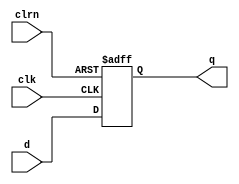
`timescale 1ns / 1ps
//////////////////////////////////////////////////////////////////////////////////
// Company: 
// Engineer: 
// 
// Design Name: 
// Module Name:    dff32 
// Project Name: 
// Target Devices: 
// Tool versions: 
// Description: 
//
// Dependencies: 
//
// Revision: 
// Revision 0.01 - File Created
// Additional Comments: 
//
//////////////////////////////////////////////////////////////////////////////////
module dff32(d,clk,clrn,q
    );
	 input [31:0] d;
	 input clk,clrn;
	 output [31:0] q;
    reg [31:0] q;
    always @ (negedge clrn or posedge clk)
	 if(clrn==0)
	     begin
		      q<=0;
		  end
    else	
        begin		      
		      q<=d;
		  end	 
endmodule